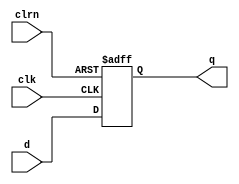
`timescale 1ns / 1ps
//////////////////////////////////////////////////////////////////////////////////
// Company: 
// Engineer: 
// 
// Design Name: 
// Module Name:    dff32 
// Project Name: 
// Target Devices: 
// Tool versions: 
// Description: 
//
// Dependencies: 
//
// Revision: 
// Revision 0.01 - File Created
// Additional Comments: 
//
//////////////////////////////////////////////////////////////////////////////////
module dff32(d,clk,clrn,q
    );
	 input [31:0] d;
	 input clk,clrn;
	 output [31:0] q;
    reg [31:0] q;
    always @ (negedge clrn or posedge clk)
	 if(clrn==0)
	     begin
		      q<=0;
		  end
    else	
        begin		      
		      q<=d;
		  end	 
endmodule